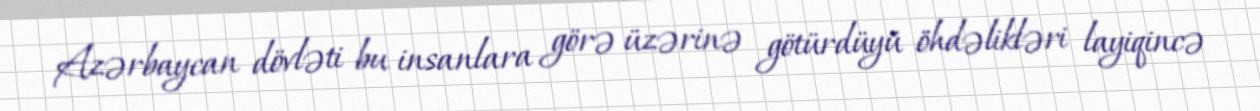
Azərbaycan dövləti bu insanlara görə üzərinə götürdüyü öhdəlikləri layiqincə